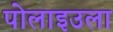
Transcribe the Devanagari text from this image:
पोलाइउला